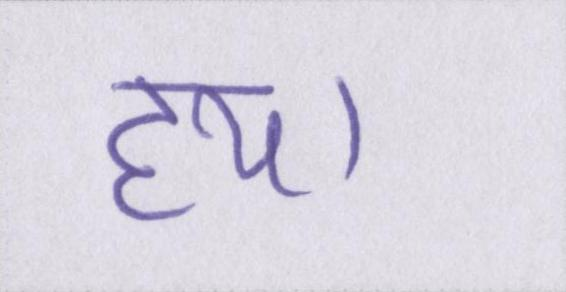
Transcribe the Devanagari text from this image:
हय।